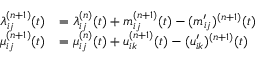
\begin{array} { r l } { \lambda _ { i j } ^ { ( n + 1 ) } ( t ) } & { = \lambda _ { i j } ^ { ( n ) } ( t ) + m _ { i j } ^ { ( n + 1 ) } ( t ) - ( m _ { i j } ^ { \prime } ) ^ { ( n + 1 ) } ( t ) } \\ { \mu _ { i j } ^ { ( n + 1 ) } ( t ) } & { = \mu _ { i j } ^ { ( n ) } ( t ) + u _ { i k } ^ { ( n + 1 ) } ( t ) - ( u _ { i k } ^ { \prime } ) ^ { ( n + 1 ) } ( t ) } \end{array}